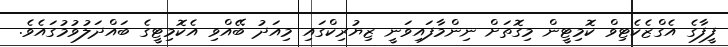
ފީފާގެ އެގްޒެކެޓިވް ކޮމިޓީން މިގޮތަށް ނިންމާފައިވަނީ ޒިޔުރިކްގައި މިއަދު ބޭއްވި އެކޮމިޓީގެ ބައްދަލުވުމުގައެވެ.